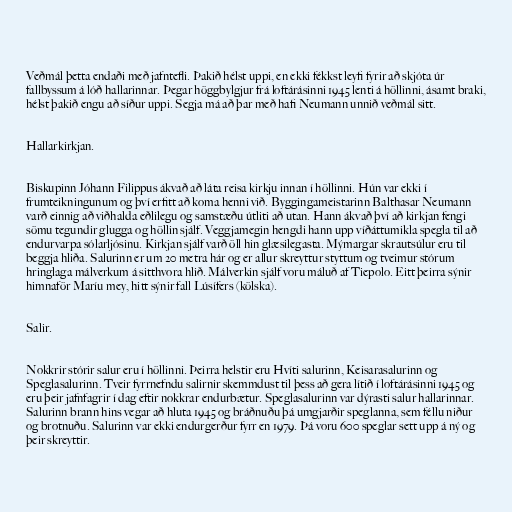
Veðmál þetta endaði með jafntefli. Þakið hélst uppi, en ekki fékkst leyfi fyrir að skjóta úr
fallbyssum á lóð hallarinnar. Þegar höggbylgjur frá loftárásinni 1945 lenti á höllinni, ásamt braki,
hélst þakið engu að síður uppi. Segja má að þar með hafi Neumann unnið veðmál sitt.

Hallarkirkjan.

Biskupinn Jóhann Filippus ákvað að láta reisa kirkju innan í höllinni. Hún var ekki í
frumteikningunum og því erfitt að koma henni við. Byggingameistarinn Balthasar Neumann
varð einnig að viðhalda eðlilegu og samstæðu útliti að utan. Hann ákvað því að kirkjan fengi
sömu tegundir glugga og höllin sjálf. Veggjamegin hengdi hann upp víðáttumikla spegla til að
endurvarpa sólarljósinu. Kirkjan sjálf varð öll hin glæsilegasta. Mýmargar skrautsúlur eru til
beggja hliða. Salurinn er um 20 metra hár og er allur skreyttur styttum og tveimur stórum
hringlaga málverkum á sitthvora hlið. Málverkin sjálf voru máluð af Tiepolo. Eitt þeirra sýnir
himnaför Maríu mey, hitt sýnir fall Lúsífers (kölska).

Salir.

Nokkrir stórir salur eru í höllinni. Þeirra helstir eru Hvíti salurinn, Keisarasalurinn og
Speglasalurinn. Tveir fyrrnefndu salirnir skemmdust til þess að gera lítið í loftárásinni 1945 og
eru þeir jafnfagrir í dag eftir nokkrar endurbætur. Speglasalurinn var dýrasti salur hallarinnar.
Salurinn brann hins vegar að hluta 1945 og bráðnuðu þá umgjarðir speglanna, sem féllu niður
og brotnuðu. Salurinn var ekki endurgerður fyrr en 1979. Þá voru 600 speglar sett upp á ný og
þeir skreyttir.